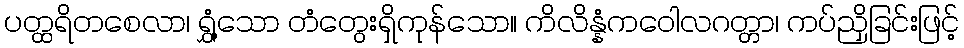
ပတ္ထရိတစေလာ၊ ရွှံ့သော တံတွေးရှိကုန်သော။ ကိလိန္နံကဝေါလဂတ္တာ၊ ကပ်ညှိခြင်းဖြင့်